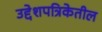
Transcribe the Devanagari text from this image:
उद्देशपत्रिकेतील